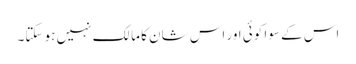
اس کے سوا کوئی اور اس شان کا مالک نہیں ہو سکتا۔